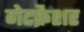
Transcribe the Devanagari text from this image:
गेटक्रैशर